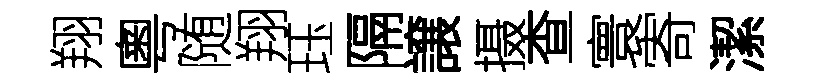
翔粵随翔珏隔譲摄查寰寄潔